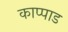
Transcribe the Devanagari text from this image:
काप्पाड